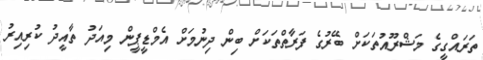
ތަރައްގީގެ މަޝްރޫއުތަކަށް ބޭރުގެ ފަރާތްތަކަށް ބިން ދިނުމަށް އެމްޑީޕީން މިއަދު ތާއީދު ކުރިއިރު